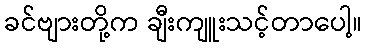
ခင်ဗျားတို့က ချီးကျူးသင့်တာပေါ့။